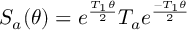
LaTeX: S _ { a } ( \theta ) = e ^ { \frac { T _ { 1 } \theta } { 2 } } T _ { a } e ^ { \frac { - T _ { 1 } \theta } { 2 } }